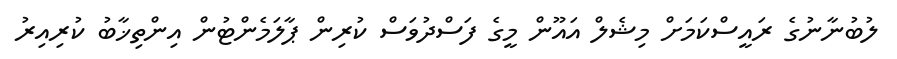
ލުބުނާނުގެ ރައީސްކަމަށް މިޝެލް އައޫން މީގެ ފަސްދުވަސް ކުރިން ޕާލަމެންޓުން އިންތިޚާބު ކުރިއިރު